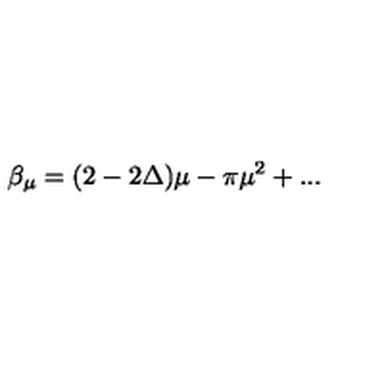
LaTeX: \beta _ { \mu } = ( 2 - 2 \Delta ) \mu - \pi \mu ^ { 2 } + . . .